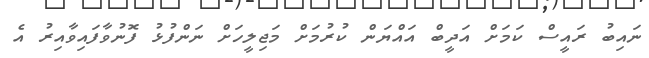
ނައިބު ރައީސް ކަމަށް އަދީބް އައްޔަން ކުރުމަށް މަޖިލީހަށް ނަންފުޅު ފޮނުވާފައިވާއިރު އެ